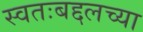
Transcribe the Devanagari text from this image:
स्वतःबद्दलच्या